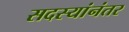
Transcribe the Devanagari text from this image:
सदस्यांनंतर